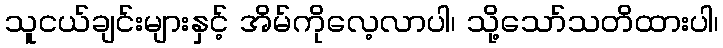
သူငယ်ချင်းများနှင့် အိမ်ကိုလေ့လာပါ၊ သို့သော်သတိထားပါ၊